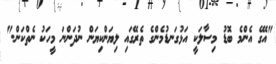
"އޭގެ އެންމެ ބޮޑު މިސާލަކީ އަޅުގަނޑުމެންގެ ތެރޭގައި ލިޔަންކިޔަން ނުދަންނަ މީހަކު ނެތްކަން."